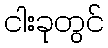
ငါးခုတွင်